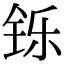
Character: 铄